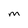
Character: M